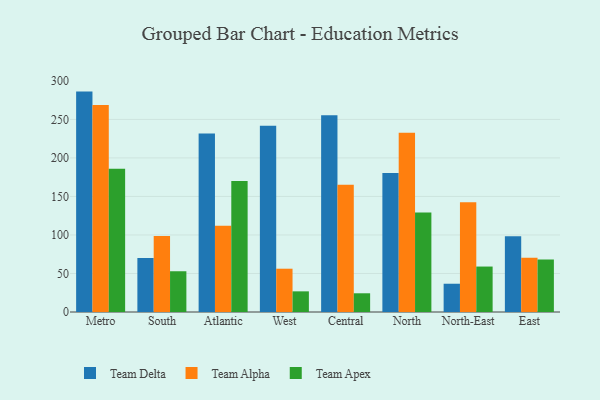
{"axis": {"x": "Region", "y": "Production Output"}, "legend": ["Team Alpha", "Team Apex", "Team Delta"], "data": [{"x": "Metro", "y": 286.1, "type": "Team Delta"}, {"x": "Metro", "y": 268.6, "type": "Team Alpha"}, {"x": "Metro", "y": 185.8, "type": "Team Apex"}, {"x": "South", "y": 70.2, "type": "Team Delta"}, {"x": "South", "y": 98.6, "type": "Team Alpha"}, {"x": "South", "y": 52.9, "type": "Team Apex"}, {"x": "Atlantic", "y": 231.8, "type": "Team Delta"}, {"x": "Atlantic", "y": 111.8, "type": "Team Alpha"}, {"x": "Atlantic", "y": 170.0, "type": "Team Apex"}, {"x": "West", "y": 241.9, "type": "Team Delta"}, {"x": "West", "y": 56.2, "type": "Team Alpha"}, {"x": "West", "y": 26.8, "type": "Team Apex"}, {"x": "Central", "y": 255.5, "type": "Team Delta"}, {"x": "Central", "y": 165.2, "type": "Team Alpha"}, {"x": "Central", "y": 24.3, "type": "Team Apex"}, {"x": "North", "y": 180.3, "type": "Team Delta"}, {"x": "North", "y": 232.7, "type": "Team Alpha"}, {"x": "North", "y": 129.2, "type": "Team Apex"}, {"x": "North-East", "y": 36.7, "type": "Team Delta"}, {"x": "North-East", "y": 142.6, "type": "Team Alpha"}, {"x": "North-East", "y": 59.0, "type": "Team Apex"}, {"x": "East", "y": 98.4, "type": "Team Delta"}, {"x": "East", "y": 70.4, "type": "Team Alpha"}, {"x": "East", "y": 68.2, "type": "Team Apex"}]}